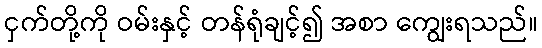
ငှက်တို့ကို ဝမ်းနှင့် တန်ရုံချင့်၍ အစာ ကျွေးရသည်။